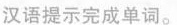
汉语提示完成单词。